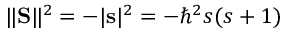
\| \mathbf { S } \| ^ { 2 } = - | \mathbf { s } | ^ { 2 } = - \hbar ^ { 2 } s ( s + 1 )